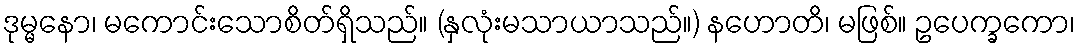
ဒုမ္မနော၊ မကောင်းသောစိတ်ရှိသည်။ (နှလုံးမသာယာသည်။) နဟောတိ၊ မဖြစ်။ ဥပေက္ခကော၊